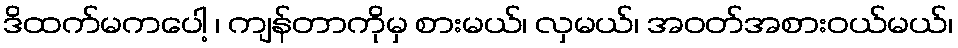
ဒိထက်မကပေါ့ ၊ ကျန်တာကိုမှ စားမယ်၊ လှမယ်၊ အဝတ်အစားဝယ်မယ်၊